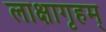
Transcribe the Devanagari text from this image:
लाक्षागृहम्